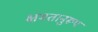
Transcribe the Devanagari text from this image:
क्षमतानुरूप